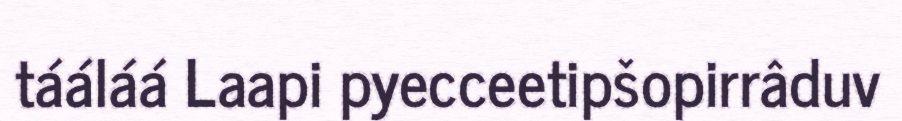
tááláá Laapi pyecceetipšopirrâduv